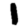
Digit: 1